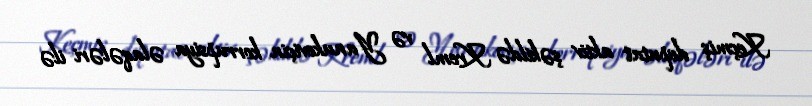
Keçmiş deputat aktiv şəkildə Kreml və Yanukoviçin korrupsiya əlaqələri ilə